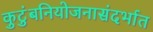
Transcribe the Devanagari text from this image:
कुटुंबनियोजनासंदर्भात